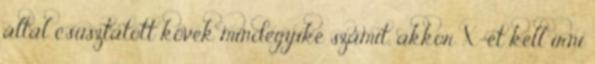
által csúsztatott kövek mindegyike számít, akkor X-et kell írni